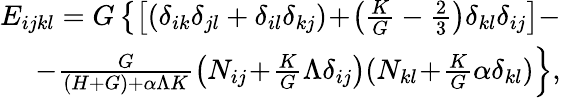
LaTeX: \begin{array}{r}{E_{ijkl}=G\left\{ \left[\left(\delta_{ik}\delta_{jl}+\delta_{il}\delta_{kj}\right)\! +\! \left(\frac{K}{G}-\frac{2}{3}\right)\delta_{kl}\delta_{ij}\right]\right.-}\\ {\left.-\frac{G}{(H+G)+\alpha\Lambda K}\left(N_{ij}\! +\! \frac{K}{G}\Lambda\delta_{ij}\right)(N_{kl}\! +\! \frac{K}{G}\alpha\delta_{kl})\right\} ,}\end{array}